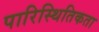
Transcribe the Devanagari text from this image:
पारिस्थितिकता